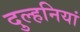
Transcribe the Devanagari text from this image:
दुल्हनियां